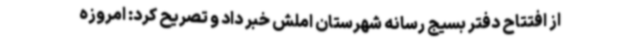
از افتتاح دفتر بسیج رسانه شهرستان املش خبر داد و تصریح کرد: امروزه